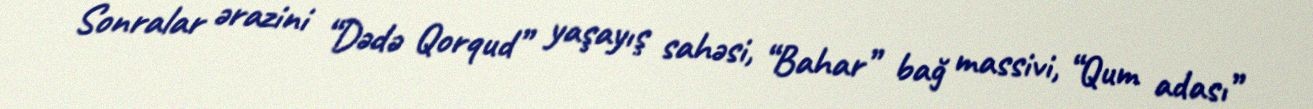
Sonralar ərazini “Dədə Qorqud” yaşayış sahəsi, “Bahar” bağ massivi, “Qum adası”